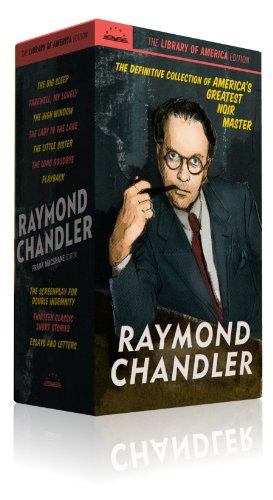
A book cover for Raymond Chandler: The Library of America Edition; Raymond Chandler; Mystery, Thriller & Suspense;